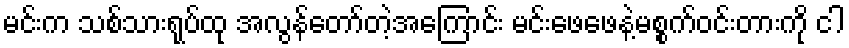
မင်းက သစ်သားရုပ်ထု အလွန်တော်တဲ့အကြောင်း မင်းဖေဖေနဲ့မစ္စက်ဝင်းတားကို ငါ